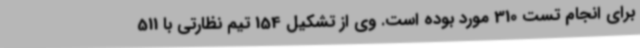
برای انجام تست 310 مورد بوده است. وی از تشکیل 154 تیم نظارتی با 511